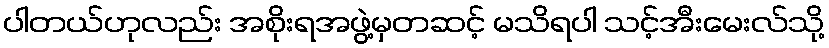
ပါတယ်ဟုလည်း အစိုးရအဖွဲ့မှတဆင့် မသိရပါ သင့်အီးမေးလ်သို့